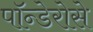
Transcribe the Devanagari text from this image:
पॉन्डेरोसे